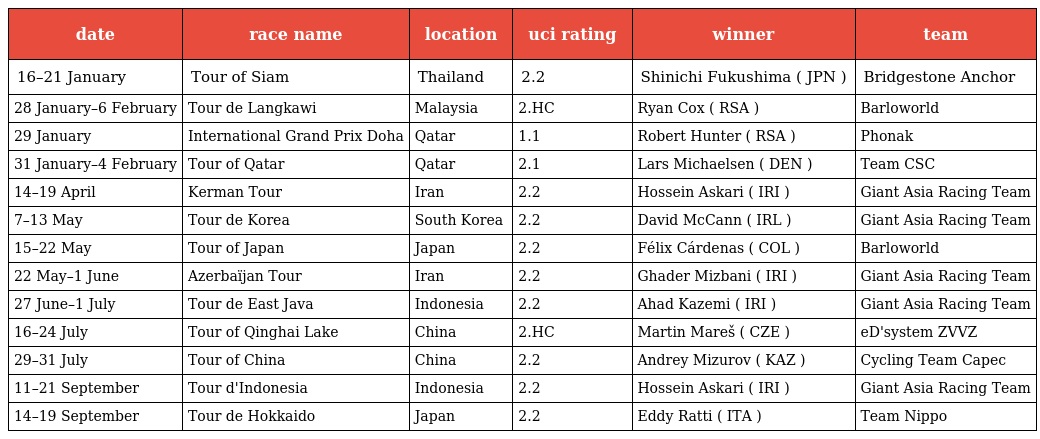
| date | race name | location | uci rating | winner | team |
 | --- | --- | --- | --- | --- | --- |
 | 16–21 January | Tour of Siam | Thailand | 2.2 | Shinichi Fukushima ( JPN ) | Bridgestone Anchor |
 | 28 January–6 February | Tour de Langkawi | Malaysia | 2.HC | Ryan Cox ( RSA ) | Barloworld |
 | 29 January | International Grand Prix Doha | Qatar | 1.1 | Robert Hunter ( RSA ) | Phonak |
 | 31 January–4 February | Tour of Qatar | Qatar | 2.1 | Lars Michaelsen ( DEN ) | Team CSC |
 | 14–19 April | Kerman Tour | Iran | 2.2 | Hossein Askari ( IRI ) | Giant Asia Racing Team |
 | 7–13 May | Tour de Korea | South Korea | 2.2 | David McCann ( IRL ) | Giant Asia Racing Team |
 | 15–22 May | Tour of Japan | Japan | 2.2 | Félix Cárdenas ( COL ) | Barloworld |
 | 22 May–1 June | Azerbaïjan Tour | Iran | 2.2 | Ghader Mizbani ( IRI ) | Giant Asia Racing Team |
 | 27 June–1 July | Tour de East Java | Indonesia | 2.2 | Ahad Kazemi ( IRI ) | Giant Asia Racing Team |
 | 16–24 July | Tour of Qinghai Lake | China | 2.HC | Martin Mareš ( CZE ) | eD'system ZVVZ |
 | 29–31 July | Tour of China | China | 2.2 | Andrey Mizurov ( KAZ ) | Cycling Team Capec |
 | 11–21 September | Tour d'Indonesia | Indonesia | 2.2 | Hossein Askari ( IRI ) | Giant Asia Racing Team |
 | 14–19 September | Tour de Hokkaido | Japan | 2.2 | Eddy Ratti ( ITA ) | Team Nippo |